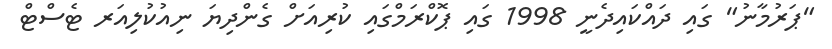
"ޕަރުމާނު" ގައި ދައްކައިދެނީ 1998 ގައި ޕޮކްރަމްގައި ކުރިއަށް ގެންދިޔަ ނިއުކުލިއަރ ޓެސްޓް